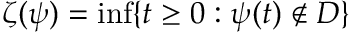
\zeta ( \psi ) = \operatorname* { i n f } \{ t \geq 0 : \psi ( t ) \notin D \}